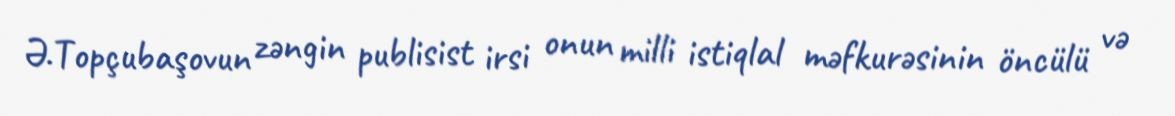
Ə.Topçubaşovun zəngin publisist irsi onun milli istiqlal məfkurəsinin öncülü və